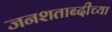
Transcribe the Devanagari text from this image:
जनशताब्दीच्या